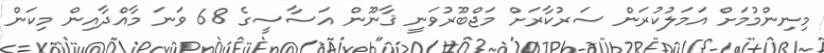
މިނިންމުމަށް އަަމަލުކުރަން ސަރުކާރަށް މަޖްބޫރުވަނީ ޤާނޫން އަސާސީގެ 68 ވަނަ މާއްދާއިން މިކަން